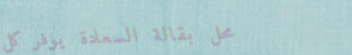
محل بقالة السعادة يوفر كل